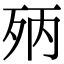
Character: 𣧰